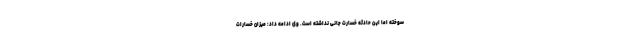
سوخته اما این حادثه خسارت جانی نداشته است. وی ادامه داد: میزان خسارات